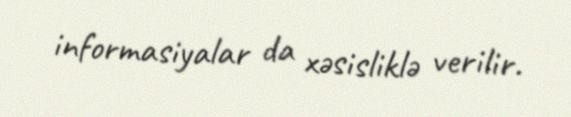
informasiyalar da xəsisliklə verilir.